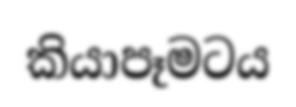
කියාපෑමටය